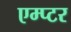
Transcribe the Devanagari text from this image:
एम्प्टर